Civil Veterinary Department. United Provinces 1923-31 - 1923-1931
Year: 1923
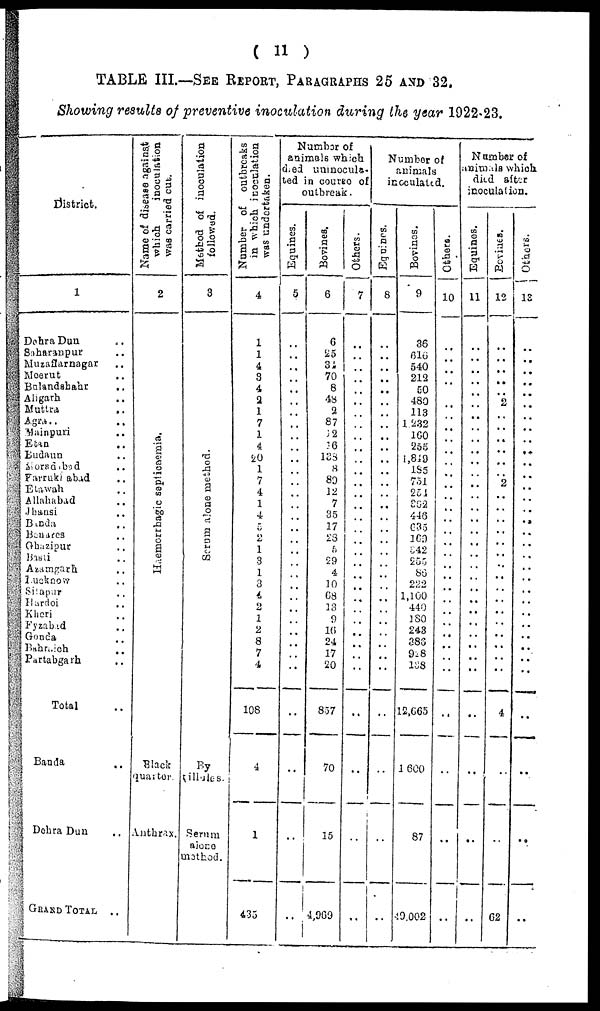
( 11 )
TABLE III.—SEE REPORT, PARAGRAPS 25 AND 32.
Showing results of preventive inoculation during the year 1922-23.
District.
1
Dahra Dun ..
Saharanpur ..
Muzaffarnagar ..
Neerut ..
Bulandsbahr ..
Aligarh ..
Muttra
..
Agra .. ..
Mainpuri ..
Eatn
Eudaun
Moradabad
Farrukiabad ..
Etawah ..
Allahabad
Jhansi ..
Banda ..
Benares ..
Ghazipur ..
Basti ..
Azamgarh ..
Lucknow ..
Silapur ..
Hardoi ..
Kheri ..
Fyzabad ..
Gonda ..
Bahraich ..
Partabgarh ..
Total ..
Banda ..
Dehra Dun ..
GRAND TOTAL ..
Name of disease against
which.
inoculation
was carried out.
2
Haemorrbagic septicaemia.
Black
quarter.
Anthrax.
Method of inoculation
followed.
3
Se r
um alone method
By
illules.
Serum
alone
method.
Number of outbreaks
in which inoculation
was undertaken.
4
1
1
4
3
4
2
1
7
1
4
20
1
7
4
1
4
5
2
1
3
1
3
4
2
1
2
8
7
4
108
4
1
435
Number of
animals which
died uninocula.
ted in coureo of
outbreak.
Equines.
5
..
..
..
..
..
..
..
..
..
..
..
..
..
..
..
..
..
..
..
..
..
..
..
..
..
..
..
..
..
..
..
..
..
Bovines.
6
6
25
34
70
8
48
2
87
12
36
138
8
80
12
7
35
17
23
5
59
4
10
68
13
9
10
24
17
20
857
70
15
4,969
Others.
7
..
..
..
..
..
..
..
..
..
..
..
..
..
..
..
..
..
..
..
..
..
..
..
..
..
..
..
..
..
..
..
..
..
Number of
animals
inoculated.
Equines.
8
..
..
..
..
..
..
..
..
..
..
..
..
..
..
..
..
..
..
..
..
..
..
..
..
..
..
..
..
..
..
..
..
..
Bovines.
9
36
616
540
212
50
480
113
1,232
160
255
1,849
185
751
254
362
446
635
169
342
250
88
222
1,100
440
180
243
386
928
138
12,665
1600
87
..
Others.
10
..
..
..
..
..
..
..
..
..
..
..
..
..
..
..
..
..
..
..
..
..
..
..
..
..
..
..
..
..
..
..
..
Number of
animals which.
died after
inoculation.
Equines.
11
..
..
..
..
..
..
..
..
..
..
..
..
..
..
..
..
..
..
..
..
..
..
..
..
..
..
..
..
..
..
..
..
..
Bovine a.
12
..
..
..
..
..
2
..
..
..
..
..
..
2
..
..
..
..
..
..
..
..
..
..
..
..
..
..
..
..
4
..
..
62
Others.
13
..
..
..
..
..
..
..
..
..
..
..
..
..
..
..
....
..
..
..
..
..
..
..
..
..
..
..
..
..
..
..